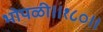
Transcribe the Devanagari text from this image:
भोपळी॥१८०॥